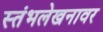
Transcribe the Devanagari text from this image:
स्तंभलेखनावर